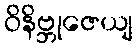
ဝိနိဗ္ဘုဇေယျ